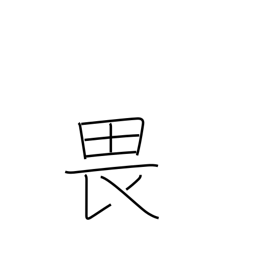
Meaning: fear